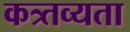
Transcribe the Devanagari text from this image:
कत्र्तव्यता